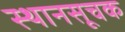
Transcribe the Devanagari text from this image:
स्थानसूचक